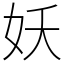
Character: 妖